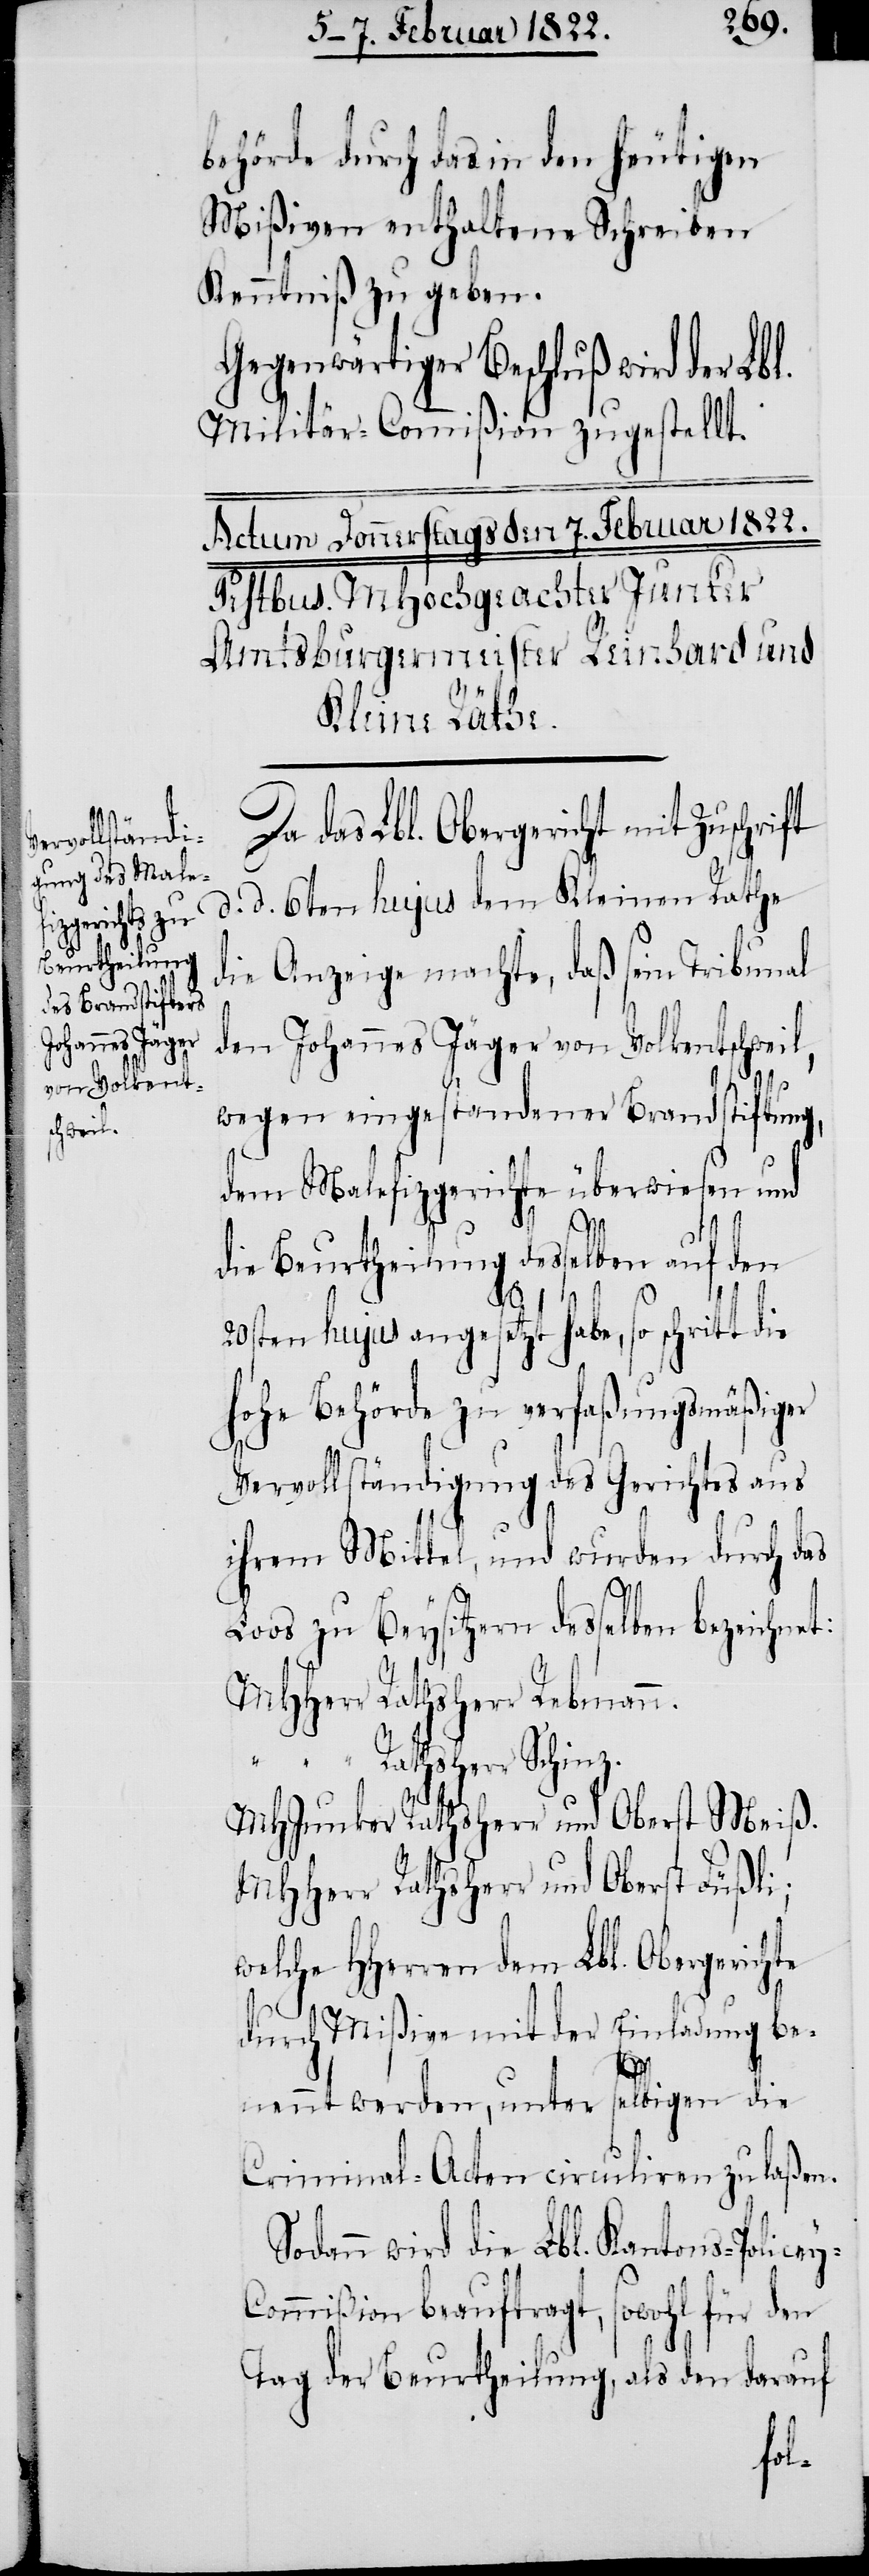
behörde durch das in den heutigen
Mißiven enthaltene Schreiben
Kenntniß zu geben.
Gegenwärtiger Beschluß wird der Lbl.
Militär-Commißion zugestellt.
Da das Lbl. Obergericht mit Zuschrift
d. 6ten hujus dem Kleinen Rathe
die Anzeige machte, daß sein Tribunal
den Johannes Jäger von Volkentschweil,
wegen eingestandener Brandstiftung,
dem Malefizgerichte überwiesen und
die Beurtheilung desselben auf den
20sten hujus angesetzt habe so schritt die
hohe Behörde zu verfaßungsmäßiger
Vervollständigung des Gerichtes aus
ihrem Mittel, und wurden durch das
Loos zu Beysitzern desselben bezeichnet:
MHHerrn Rathsherr Rebmann.
“ “ Schinz.
MHJunker Rathsherr und Oberst Meiß.
MHHerr Rathsherr und Oberst Füßli;
welche HHerren dem Lbl. Obergerichte
durch Mißive mit der Einladung be¬
nennt werden, unter selbigen die
Criminal-Acten circuliren zu laßen.
Sodann wird die Lbl. Kantons-Police¬
ommißion beauftragt, sowohl für den
Tag der Beurtheilung, als den darauf
y-C¬